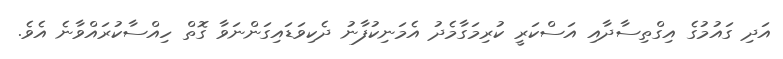
އަދި ގައުމުގެ އިގްތިސާދާއި އަސްކަރީ ކުރިމަގާމެދު އެމަނިކުފާނު ދެކިވަޑައިގަންނަވާ ގޮތް ހިއްސާކުރައްވާނެ އެވެ.